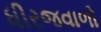
ધીરજવાળો